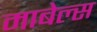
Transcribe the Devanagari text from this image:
माबेल्स